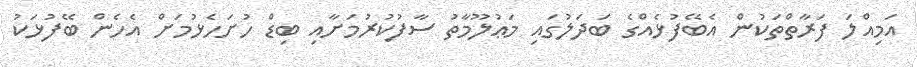
އަމިއްލަ ފަރާތްތަކުން އެބޭފުޅެއްގެ ބަދަލުގައި މަޢުލޫމާތު ސާފުކުރުމަށާއި ބިޑް ހުށަހެޅުމަށް އެހެން ބޭފުޅަކު